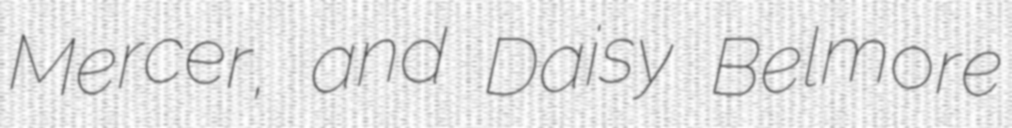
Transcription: Mercer, and Daisy Belmore